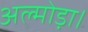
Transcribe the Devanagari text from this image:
अल्मोड़ा।